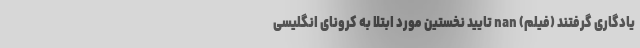
یادگاری گرفتند (فیلم) nan تایید نخستین مورد ابتلا به کرونای انگلیسی